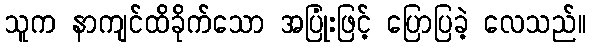
သူက နာကျင်ထိခိုက်သော အပြုံးဖြင့် ပြောပြခဲ့ လေသည်။